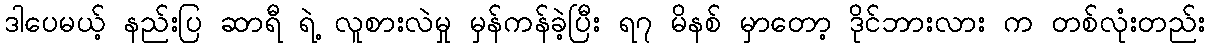
ဒါပေမယ့် နည်းပြ ဆာရီ ရဲ့ လူစားလဲမှု မှန်ကန်ခဲ့ပြီး ရ၇ မိနစ် မှာတော့ ဒိုင်ဘားလား က တစ်လုံးတည်း